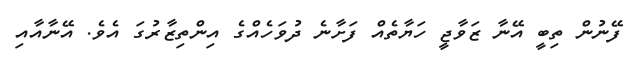
ފޭނުން ތިބީ އޭނާ ޒަވާޖީ ހަޔާތެއް ފަށާނެ ދުވަހެއްގެ އިންތިޒާރުގަ އެވެ. އޭނާއާއި